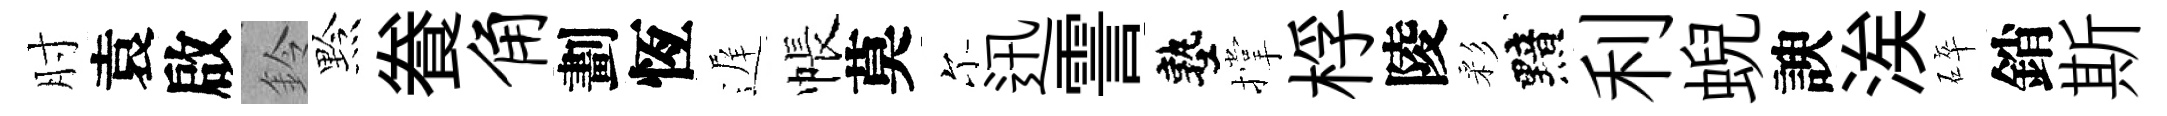
肘袁啟鈴黔飬角劃恆遅帳莫尓迅霅塾撑桴陵彩黯利蜺諛涘碎銷斯